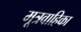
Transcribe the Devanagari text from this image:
मूत्रवाहिका